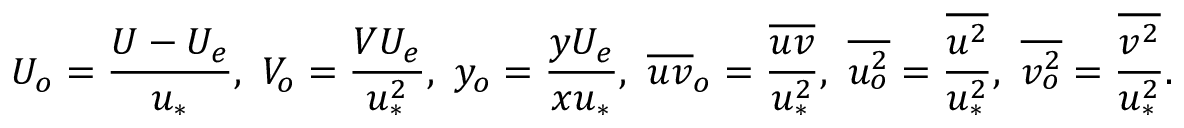
U _ { o } = \frac { U - U _ { e } } { u _ { * } } , \ V _ { o } = \frac { V U _ { e } } { u _ { * } ^ { 2 } } , \ y _ { o } = \frac { y U _ { e } } { x u _ { * } } , \ \overline { { u v } } _ { o } = \frac { \overline { { u v } } } { u _ { * } ^ { 2 } } , \ \overline { { u _ { o } ^ { 2 } } } = \frac { \overline { { u ^ { 2 } } } } { u _ { * } ^ { 2 } } , \ \overline { { v _ { o } ^ { 2 } } } = \frac { \overline { { v ^ { 2 } } } } { u _ { * } ^ { 2 } } .